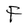
Character: F